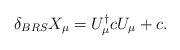
LaTeX: \begin{align*}\delta_{BRS}X_\mu=U_\mu^\dagger c U_\mu+c.\end{align*}